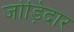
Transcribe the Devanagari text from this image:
जोड़िदार